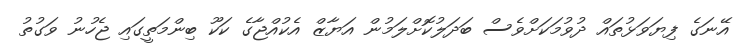
އޭނަގެ ފިޔަވަޅުތައް ދުވުމަކަށްވެސް ބަދަލުކޮށްލަމުން އަޔާޒް އެކުއްޖާގެ ކަކޫ ބިންމަތީގައި ޖެހުނު ވަގުތު